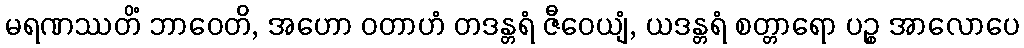
မရဏဿတိံ ဘာဝေတိ, အဟော ဝတာဟံ တဒန္တရံ ဇီဝေယျံ, ယဒန္တရံ စတ္တာရော ပဉ္စ အာလောပေ